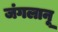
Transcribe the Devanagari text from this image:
जंगलानू